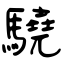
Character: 驍